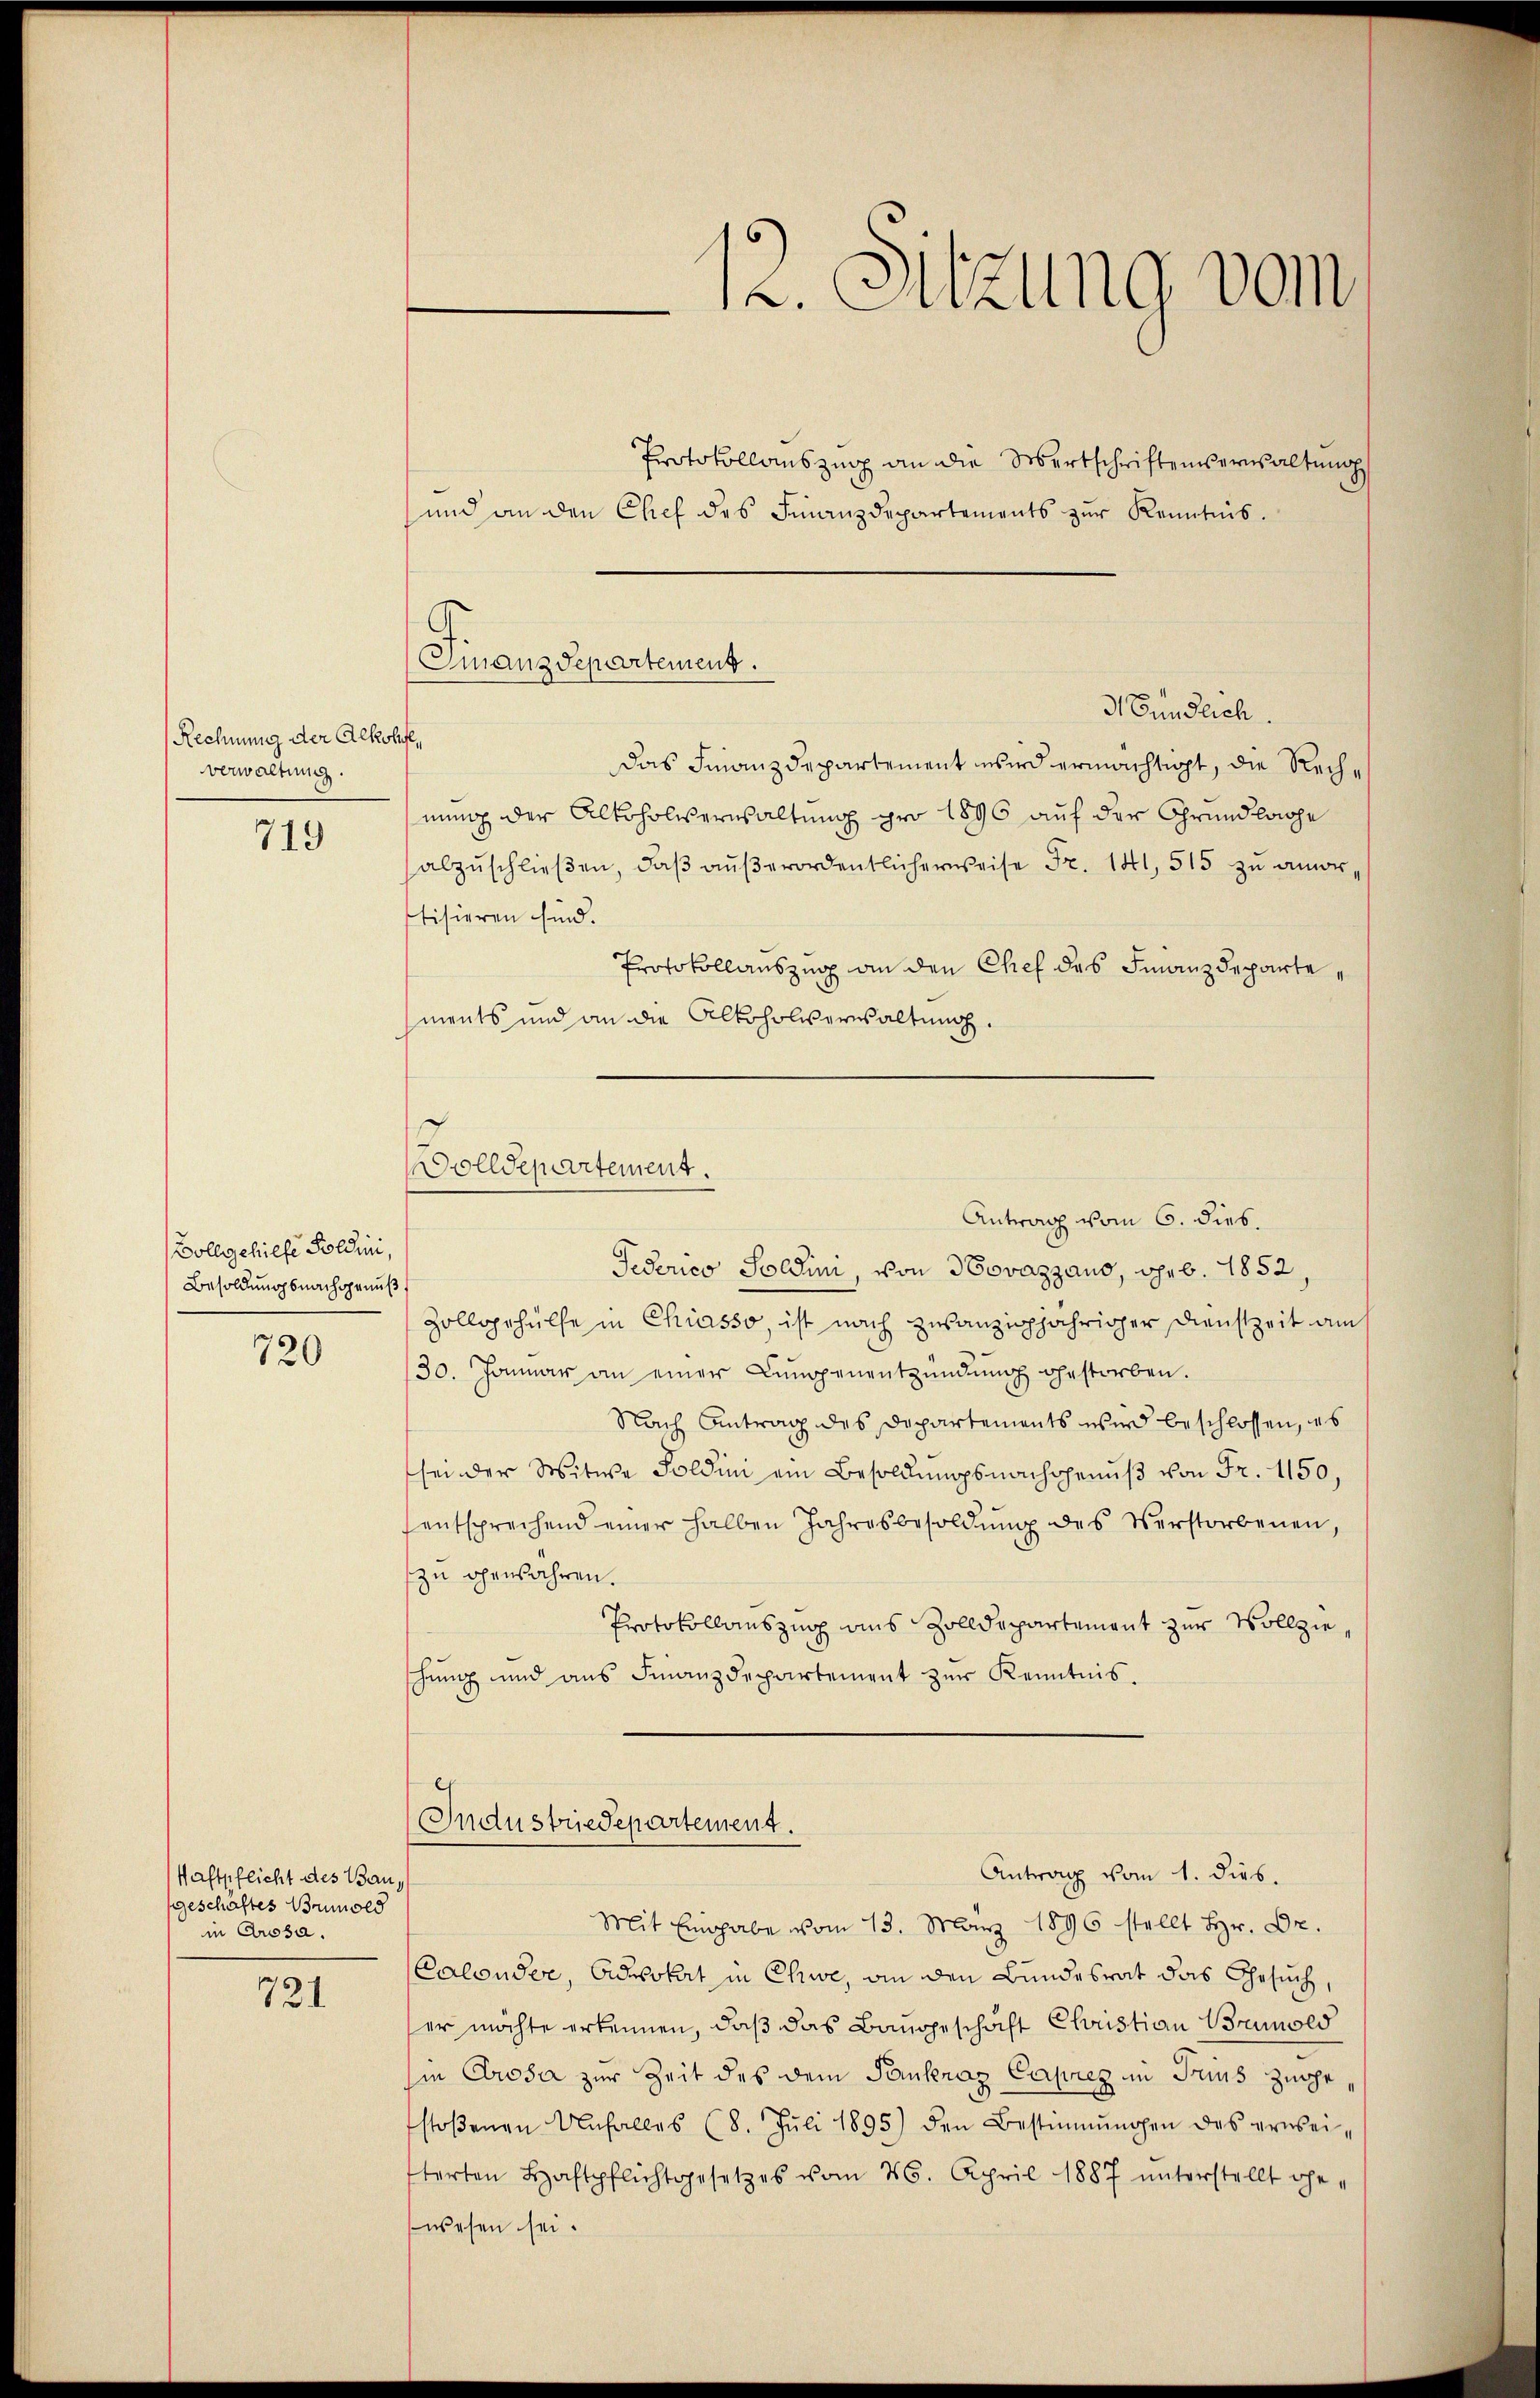
Rechnung der Alkohofe,
verwaltung.

719

Boll gehilfe Soldini,
Besoldungsnachgenuß

720

Haftpflicht des Bau,
geschäftes Brunold
in Prosa.

721

Protokollauszug an die Wertschriftenerwaltung
und an den Chef des Finanzdepartements zŭr Kenntnis.
Das Finanzdepartement wird ermächtigt, die Rechnung der Alkoholverwaltung pro 1896 auf der Grundlage
abzŭschlieβen, daβ aŭβerordentlicherweise Fr. 141, 515 zu amortisieren sind.
Protokollauszug an den Chef des Finanzdeparte,
ments und an die Alkoholverwaltung.
Antrag vom 6. dies.
Federico Soldini, von Novazzauo, geb. 1852,
Zollgehülfe in Chiasso, ist nach zwanzigjähriger Dienstzeit am
30. Januar an einer Lungenentzündŭng gestorben.
Nach Antrag des Departements wird beschlossen, es
sei der Witwe Soldini ein Besoldungsnachgenuß von Fr. 1150,
entsprechend einer halben Jahresbesoldŭng des Verstorbenen,
zu ohenjahren.
Protokollauszug aus Zolldepartement zur Vollzieschŭng und ans Finanzdepartement zŭr Kenntnis.
Industriedepartement.
Antrag vom 1. dies.
Mit Eingabe vom 13. März 1896 stellt Hr. Dr.
Calonder, Advokat in Chwe, an den Bundesrat das Gesuch,
er möchte erkennen, daß das Baugeschäft Christian Brunold
sie Prosa zur Zeit des dem Paukraz Caprez in Frius zugestoβenen Unfalles (8. Jŭli 1895) den Bestimmungen des erweisterten Haftpflichtgesetzes vom 26. April 1887 ŭnterstellt ge-
wesen sei.

12. Sitzung vom

.
Emanzdepartement.
d Bundlich.

olldepartement.